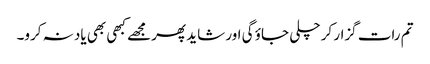
تم رات گزار کر چلی جاؤ گی اور شاید پھر مجھے کبھی بھی یاد نہ کرو۔